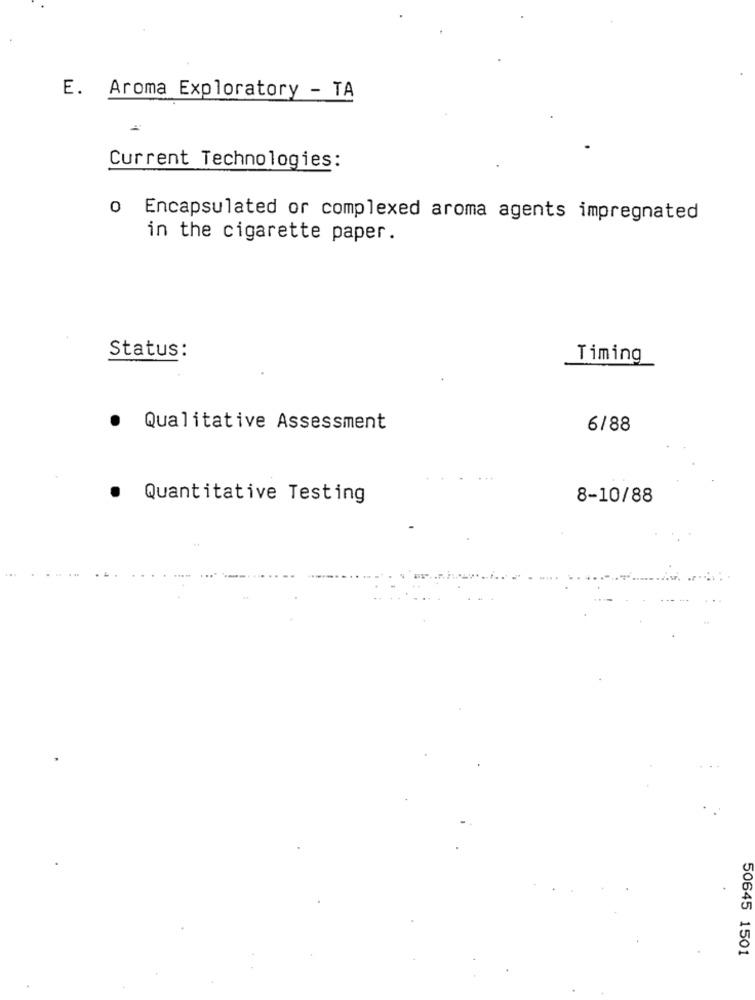
E. Aroma Exploratory - TA
Current Technologies:
o Encapsulated or complexed aroma agents impregnated
in the cigarette paper.
Status:
Timing
.
Qualitative Assessment
6/88
.
Quantitative Testing
8-10/88
50645 1501